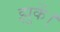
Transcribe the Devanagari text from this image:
झुकें।